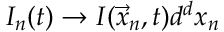
I _ { n } ( t ) \rightarrow I ( \vec { x } _ { n } , t ) d ^ { d } x _ { n }